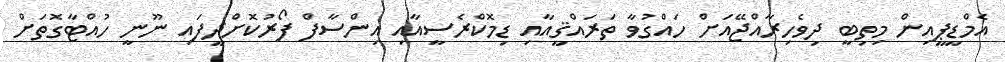
އެމްޑީޕީއިން މިތިބީ ދިވެހިރާއްޖޭއަށް ހައްގުވާ ތަރައްޤީއާއި ޑިމޮކްރެސީއާއި އިންސާފް ފޯރުކޮށްދީފައި ނޫނީ ހުއްޓާގޮތަށް